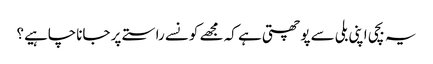
یہ بچی اپنی بلی سے پوچھتی ہے کہ مجھے کونسے راستے پر جاناچاہیے؟